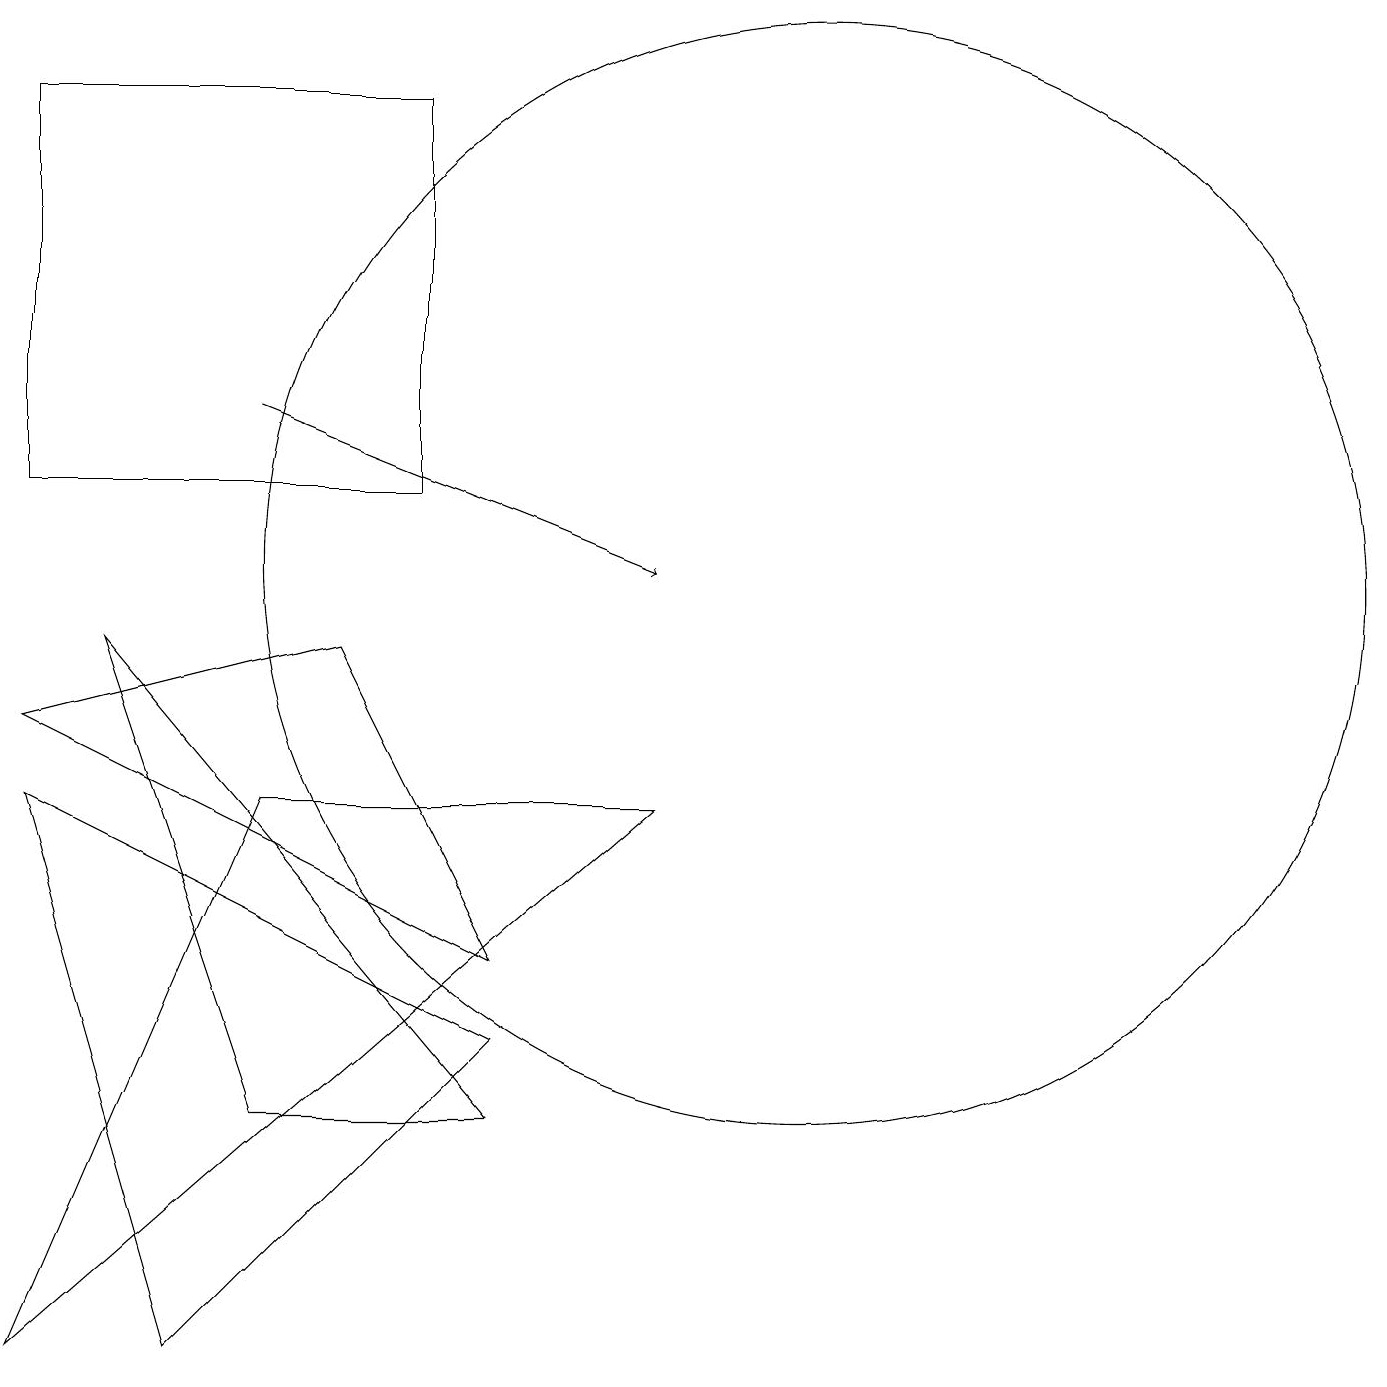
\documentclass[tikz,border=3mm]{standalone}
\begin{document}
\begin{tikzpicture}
\draw (6,4) -- (0,7) -- (2,0) -- cycle;
\draw (6,3) -- (1,9) -- (3,3) -- cycle;
\draw (3,7) -- (8,7) -- (0,0) -- cycle;
\draw (10,10) circle (7);
\draw[->] (3,12) -- (8,10);
\draw (0,16) rectangle (5,11);
\draw (4,9) -- (6,5) -- (0,8) -- cycle;
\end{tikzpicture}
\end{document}